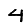
Digit: 4